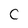
Character: C